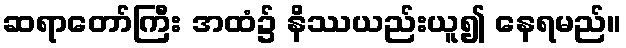
ဆရာတော်ကြီး အထံ၌ နိဿယည်းယူ၍ နေရမည်။